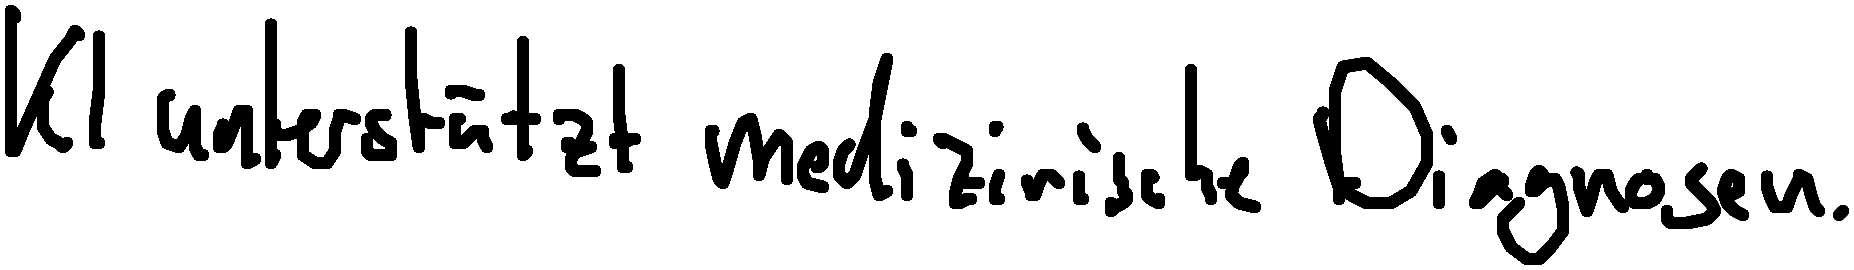
KI unterstützt medizinische Diagnosen.